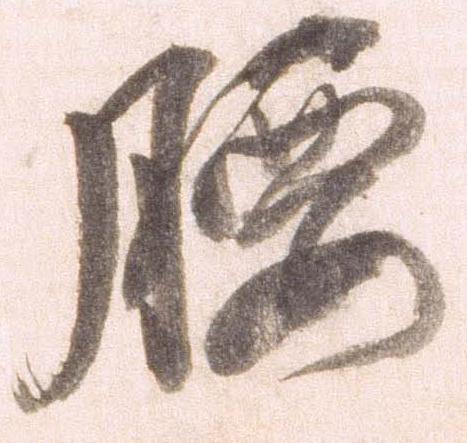
腰